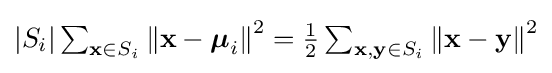
{\textstyle |S_{i}|\sum _{\mathbf {x} \in S_{i}}\left\|\mathbf {x} -{\boldsymbol {\mu }}_{i}\right\|^{2}={\frac {1}{2}}\sum _{\mathbf {x} ,\mathbf {y} \in S_{i}}\left\|\mathbf {x} -\mathbf {y} \right\|^{2}}